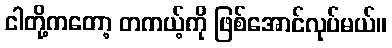
ငါတို့ကတော့ တကယ့်ကို ဖြစ်အောင်လုပ်မယ်။